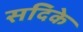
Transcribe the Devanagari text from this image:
सदिके